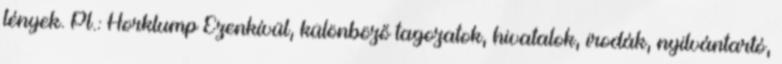
lények. Pl.: Horklump Ezenkívül, különböző tagozatok, hivatalok, irodák, nyilvántartó,